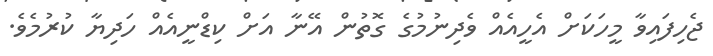
ޖެހިފައިވާ މީހަކަށް އެހީއެއް ވެދިނުމުގެ ގޮތުން އޭނާ އަށް ކިޑްނީއެއް ހަދިޔާ ކުރުމެވެ.